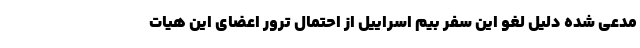
مدعی شده دلیل لغو این سفر بیم اسراییل از احتمال ترور اعضای این هیات